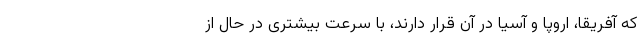
که آفریقا، اروپا و آسیا در آن قرار دارند، با سرعت بیشتری در حال از